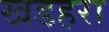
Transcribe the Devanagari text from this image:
खडहरा